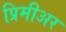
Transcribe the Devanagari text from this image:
प्रिमीअर